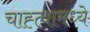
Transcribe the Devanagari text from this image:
चाह्त्यामध्ये